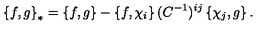
\left\{ f , g \right\} _ { * } = \left\{ f , g \right\} - \left\{ f , \chi _ { i } \right\} ( C ^ { - 1 } ) ^ { i j } \left\{ \chi _ { j } , g \right\} .